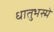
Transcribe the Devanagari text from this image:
धातुभस्में